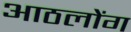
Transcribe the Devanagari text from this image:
आठलोंग